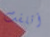
أتلفت